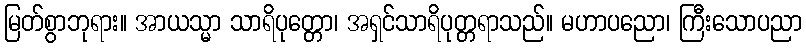
မြတ်စွာဘုရား။ အာယသ္မာ သာရိပုတ္တော၊ အရှင်သာရိပုတ္တရာသည်။ မဟာပညော၊ ကြီးသောပညာ